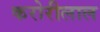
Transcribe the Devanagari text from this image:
करोरीलाल